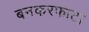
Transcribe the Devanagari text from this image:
बनकरफाटा